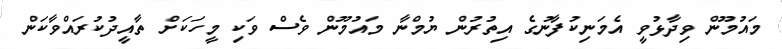
މައުމޫން ވިދާޅުވީ އެމަނިކުފާނުގެ އިތުރުން ޔުމްނާ މައުމޫން ވެސް ވަކި މީހަކަށް ތާއީދުކުރައްވާކަން